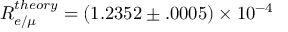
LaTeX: R _ { e / \mu } ^ { t h e o r y } = ( 1 . 2 3 5 2 \pm . 0 0 0 5 ) \times 1 0 ^ { - 4 }